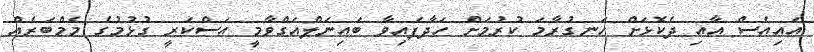
އައިއެސް އާއި ދެކޮޅަށް ހަނގުރާމަ ކުރުމަށް ހަދާފައިވާ ބައިނަލްއަގްވާމީ އަސްކަރީ ގުޅުމުގެ މެމްބަރެއް